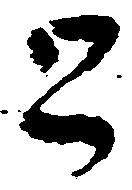
と